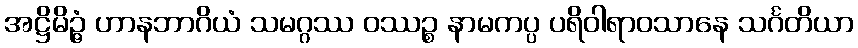
အဋ္ဌိမိဉ္ဇံ ဟာနဘာဂိယံ သမဂ္ဂဿ ဝဿဉ္စ နာမကပ္ပ ပရိဝါရာဝသာနေ သင်္ဂတိယာ